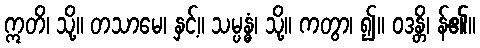
ဣတိ၊ သို့။ တသာမေ၊ နှင့်။ သမ္ပန္ဓံ၊ သို့။ ကတွာ၊ ၍။ ဝဒန္တိ၊ န်၏။